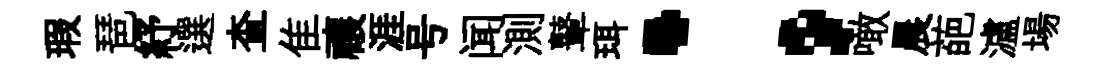
瑕琶紓選查隹禳涯号闻測鼙珥；噉晨葩瀘場